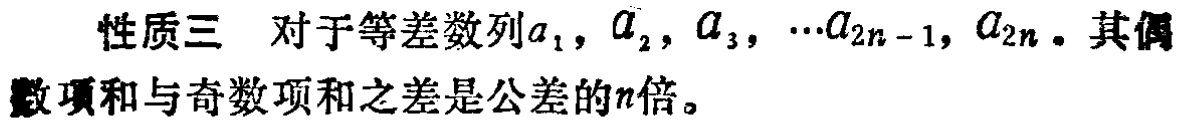
性质三 对于等差数列\(a_{1},a_{2},a_{3},\cdots a_{2n - 1},a_{2n}\)。其偶数项和与奇数项和之差是公差的\(n\)倍。